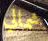
شمالي